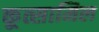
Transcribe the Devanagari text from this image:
कूत्सामिल